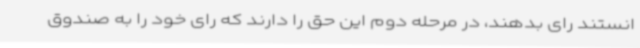
انستند رای بدهند، در مرحله دوم این حق را دارند که رای خود را به صندوق